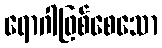
ရောဂါဖြစ်စေသော